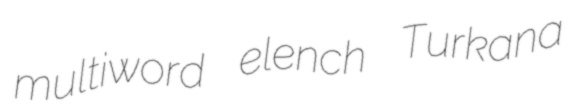
multiword elench Turkana